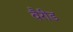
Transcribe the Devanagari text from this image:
वैरीड